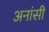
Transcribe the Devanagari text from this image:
अनांसी